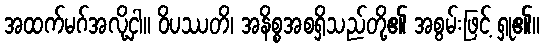
အထက်မဂ်အလို့ငှါ။ ဝိပဿတိ၊ အနိစ္စအစရှိသည်တို့၏ အစွမ်းဖြင့် ရှု၏။